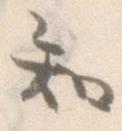
知